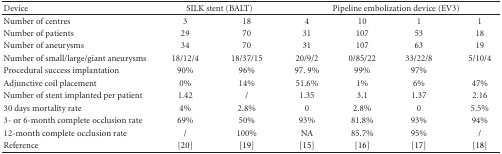
<table><thead><tr><td><b>Device</b></td><td colspan="2"><b>SILK stent (BALT)</b></td><td colspan="4"><b>Pipeline embolization device (EV3) </b></td></tr></thead><tbody><tr><td>Number of centres</td><td>3</td><td>18</td><td>4</td><td>10</td><td>1</td><td>1</td></tr><tr><td>Number of patients</td><td>29</td><td>70</td><td>31</td><td>107</td><td>53</td><td>18</td></tr><tr><td>Number of aneurysms</td><td>34</td><td>70</td><td>31</td><td>107</td><td>63</td><td>19</td></tr><tr><td>Number of small/large/giant aneurysms</td><td>18/12/4</td><td>18/37/15</td><td>20/9/2</td><td>0/85/22</td><td>33/22/8</td><td>5/10/4</td></tr><tr><td>Procedural success implantation</td><td>90%</td><td>96%</td><td>97. 9%</td><td>99%</td><td>97%</td><td></td></tr><tr><td>Adjunctive coil placement</td><td>0%</td><td>14%</td><td>51.6%</td><td>1%</td><td>6%</td><td>47%</td></tr><tr><td>Number of stent implanted per patient</td><td>1.42</td><td>/</td><td>1.35</td><td>3.1</td><td>1.37</td><td>2.16</td></tr><tr><td>30 days mortality rate</td><td>4%</td><td>2.8%</td><td>0</td><td>2.8%</td><td>0</td><td>5.5%</td></tr><tr><td>3- or 6-month complete occlusion rate</td><td>69%</td><td>50%</td><td>93%</td><td>81.8%</td><td>93%</td><td>94%</td></tr><tr><td>12-month complete occlusion rate</td><td>/</td><td>100%</td><td>NA</td><td>85.7%</td><td>95%</td><td>/</td></tr><tr><td>Reference</td><td>[20]</td><td>[19]</td><td>[15]</td><td>[16]</td><td>[17]</td><td>[18]</td></tr></tbody></table>